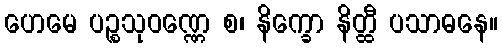
ဟေမေ ပဉ္စသုဝဏ္ဏေ စ၊ နိက္ခော နိတ္ထီ ပသာဓနေ။